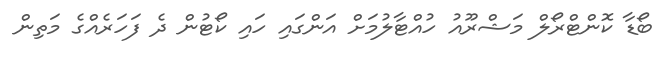
ބޯޑާ ކޮންޓްރޯލް މަޝްރޫއު ހުއްޓާލުމަށް އަންގައި ހައި ކޯޓުން ދެ ފަހަރެއްގެ މަތިން